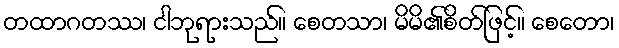
တထာဂတဿ၊ ငါဘုရားသည်။ စေတသာ၊ မိမိ၏စိတ်ဖြင့်။ စေတော၊